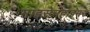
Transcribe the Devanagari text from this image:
माइसेनहाइमर